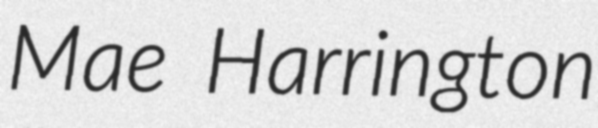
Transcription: Mae Harrington